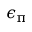
\epsilon _ { \uppi }